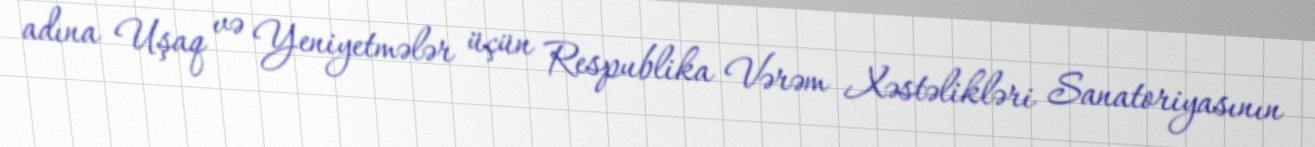
adına Uşaq və Yeniyetmələr üçün Respublika Vərəm Xəstəlikləri Sanatoriyasının